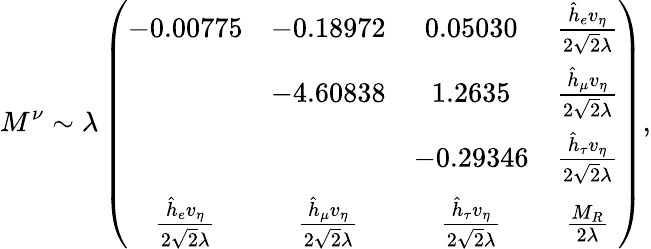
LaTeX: M^{\nu}\sim\lambda\left(\begin{array}{cccc}{{-0.00775}}&{{-0.18972}}&{{0.05030}}&{{\frac{\hat{h}_{e}v_{\eta}}{2\sqrt 2\lambda}}}\\ {{}}&{{-4.60838}}&{{1.2635}}&{{\frac{\hat{h}_{\mu}v_{\eta}}{2\sqrt 2\lambda}}}\\ {{}}&{{}}&{{-0.29346}}&{{\frac{\hat{h}_{\tau}v_{\eta}}{2\sqrt 2\lambda}}}\\ {{\frac{\hat{h}_{e}v_{\eta}}{2\sqrt 2\lambda}}}&{{\frac{\hat{h}_{\mu}v_{\eta}}{2\sqrt 2\lambda}}}&{{\frac{\hat{h}_{\tau}v_{\eta}}{2\sqrt 2\lambda}}}&{{\frac{M_{R}}{2\lambda}}}\end{array}\right),